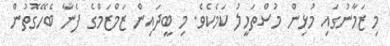
މި ޒަމާނުގައި މުޅިން މުސްތަހީލު ކަމެކެވެ. މި ބީދައިން ޒަމްޒަމްގެ ފެނާ ބެހޭގޮތުން